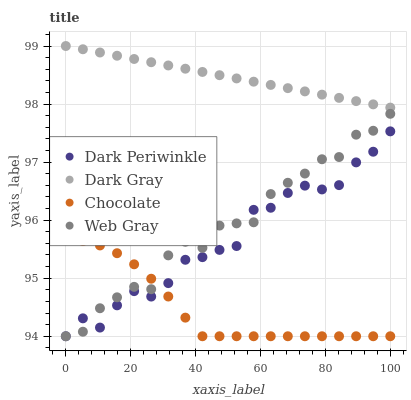
| xaxis_label | Dark Periwinkle | Dark Gray | Chocolate | Web Gray |
 | --- | --- | --- | --- | --- |
 | 0 | 94 | 99 | 95.7 | 94 |
 | 5.26 | 94.3 | 98.9 | 95.6 | 94.1 |
 | 10.5 | 94.1 | 98.9 | 95.6 | 94.5 |
 | 15.8 | 94.5 | 98.8 | 95.4 | 94.7 |
 | 21.1 | 94.8 | 98.8 | 95.2 | 94.9 |
 | 26.3 | 94.7 | 98.7 | 95 | 94.8 |
 | 31.6 | 94.9 | 98.7 | 94.7 | 95.4 |
 | 36.8 | 95.3 | 98.6 | 94.3 | 95.6 |
 | 42.1 | 95.4 | 98.6 | 94 | 95.5 |
 | 47.4 | 95.5 | 98.5 | 94 | 95.9 |
 | 52.6 | 95.6 | 98.4 | 94 | 95.9 |
 | 57.9 | 96.2 | 98.4 | 94 | 96 |
 | 63.2 | 96.2 | 98.3 | 94 | 96.4 |
 | 68.4 | 96.5 | 98.3 | 94 | 96.6 |
 | 73.7 | 96.6 | 98.2 | 94 | 96.8 |
 | 78.9 | 96.5 | 98.2 | 94 | 97 |
 | 84.2 | 96.6 | 98.1 | 94 | 97.1 |
 | 89.5 | 97 | 98.1 | 94 | 97.5 |
 | 94.7 | 97.2 | 98 | 94 | 97.5 |
 | 100 | 97.5 | 97.9 | 94 | 97.8 |